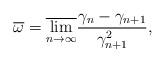
LaTeX: \begin{align*}\overline{\omega }=\overline{\lim_{n\rightarrow \infty }}\frac{\gamma_{n}-\gamma _{n+1}}{\gamma _{n+1}^{2}},\end{align*}